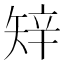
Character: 𥏔